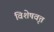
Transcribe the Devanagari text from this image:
विशेषवृत्त